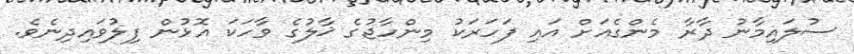
ސުލައިމާނު ދާރާ މެންގެއަށް އައި ފަހަރަކު މިންހާޖުގެ ޚާލުގެ ވާހަކަ އޮޅުން ފިލުވައިދިނެވެ.